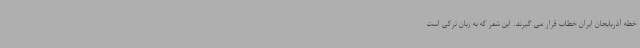
خطه آذربایجان ایران خطاب قرار می گیرند. این شعر که به زبان ترکی است